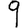
Digit: 9